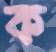
ক